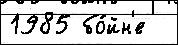
1985 бо́йн'е